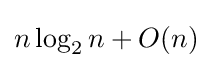
n\log _{2}n+O(n)